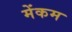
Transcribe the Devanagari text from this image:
मेंकम